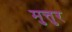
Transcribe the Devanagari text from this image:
मुत्तुर